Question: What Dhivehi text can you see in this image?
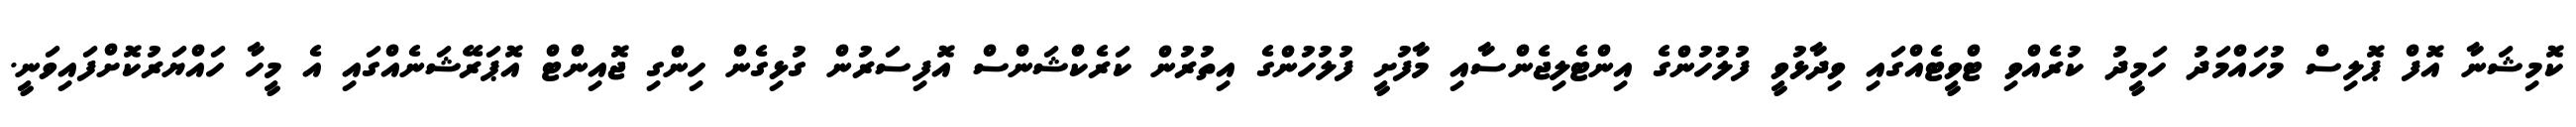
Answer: ކޮމިޝަނާ އޮފް ޕޮލިސް މުހައްމަދު ހަމީދު ކުރެއްވި ޓްވީޓެއްގައި ވިދާޅުވީ ފުލުހުންގެ އިންޓެލިޖެންސާއި މާފުށީ ފުލުހުންގެ އިތުރުން ކަރެކްޝަންސް އޮފިސަރުން ގުޅިގެން ހިންގި ޖޮއިންޓް އޮޕަރޭޝަނެއްގައި އެ މީހާ ހައްޔަރުކޮށްފައިވަނީ.